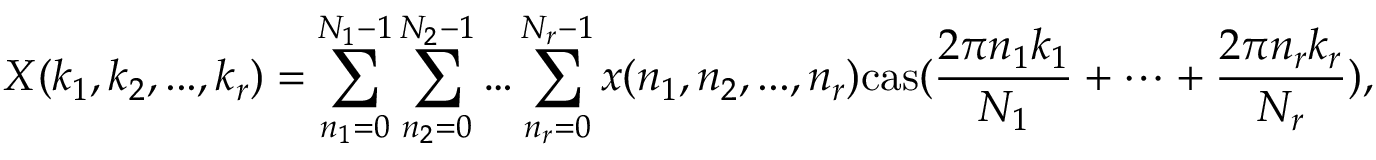
X ( k _ { 1 } , k _ { 2 } , . . . , k _ { r } ) = \sum _ { n _ { 1 } = 0 } ^ { N _ { 1 } - 1 } \sum _ { n _ { 2 } = 0 } ^ { N _ { 2 } - 1 } \dots \sum _ { n _ { r } = 0 } ^ { N _ { r } - 1 } x ( n _ { 1 } , n _ { 2 } , . . . , n _ { r } ) \mathrm { { c a s } } ( { \frac { 2 \pi n _ { 1 } k _ { 1 } } { N _ { 1 } } } + \dots + { \frac { 2 \pi n _ { r } k _ { r } } { N _ { r } } } ) ,